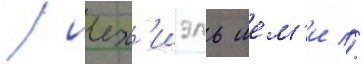
/ иех'иэль шем'и //